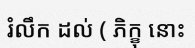
រំលឹក ដល់ ( ភិក្ខុ នោះ